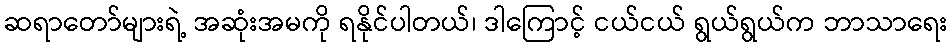
ဆရာတော်များရဲ့ အဆုံးအမကို ရနိုင်ပါတယ်၊ ဒါကြောင့် ငယ်ငယ် ရွယ်ရွယ်က ဘာသာရေး